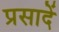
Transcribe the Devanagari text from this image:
प्रसादें